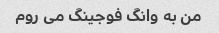
من به وانگ فوجینگ می روم